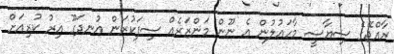
ރާއްޖޭގެ ސިޔާސީ މާހައުލުން އެ ނޫން މަންޒަރެއް ސިފަކުރަން އުނދަގޫ އިރު ކުރިއަށް